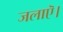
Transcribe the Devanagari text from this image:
जलाऎ।